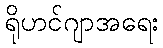
ရိုဟင်ဂျာအရေး